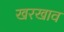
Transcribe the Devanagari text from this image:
खरखाव